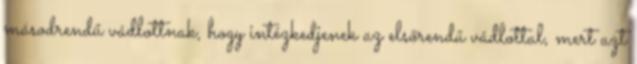
másodrendű vádlottnak, hogy intézkedjenek az elsőrendű vádlottal, mert azt